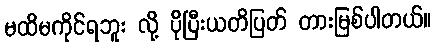
မထိမကိုင်ရဘူး လို့ ပိုပြီးယတိပြတ် တားမြစ်ပါတယ်။